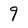
Character: 9